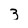
Character: 3